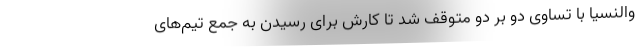
والنسیا با تساوی دو بر دو متوقف شد تا کارش برای رسیدن به جمع تیم‌های